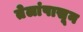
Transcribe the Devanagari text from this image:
तेलांपासून